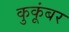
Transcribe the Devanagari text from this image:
कुकूंबर